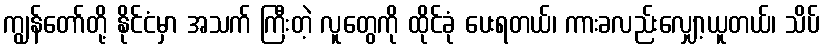
ကျွန်တော်တို့ နိုင်ငံမှာ အသက် ကြီးတဲ့ လူတွေကို ထိုင်ခုံ ပေးရတယ်၊ ကားခလည်းလျှော့ယူတယ်၊ သိပ်